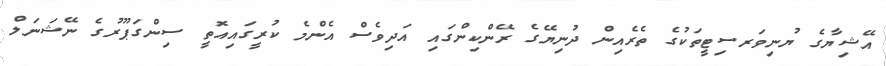
އޭޝިޔާގެ ޔުނިވަރސިޓީތަކުގެ ތެރެއިން ދުނިޔޭގެ ރޭންކިންގައި އަދިވެސް އެންމެ ކުރީގައިއޮތީ ސިންގަޕޫރުގެ ނޭޝަނަލް